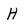
Character: H